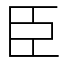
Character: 臣